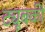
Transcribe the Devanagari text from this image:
ट्यूबकी